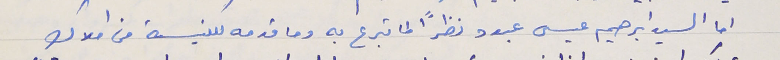
اما السيد ابرهيم عيسى عبود نظرًا لما تبرع به وما قدمه للكنيسة من املاك